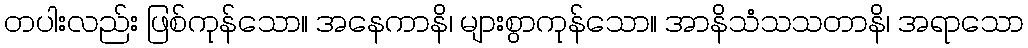
တပါးလည်း ဖြစ်ကုန်သော။ အနေကာနိ၊ များစွာကုန်သော။ အာနိသံသသတာနိ၊ အရာသော